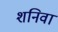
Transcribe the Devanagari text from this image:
शनिवा